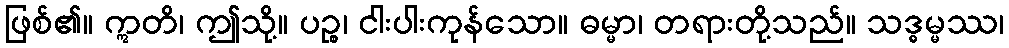
ဖြစ်၏။ ဣတိ၊ ဤသို့။ ပဉ္စ၊ ငါးပါးကုန်သော။ ဓမ္မာ၊ တရားတို့သည်။ သဒ္ဓမ္မဿ၊